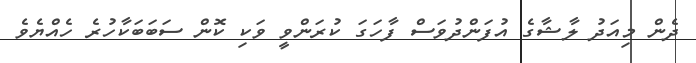
ދެން މިއަދު ލާޝާގެ އުފަންދުވަސް ފާހަގަ ކުރަންވީ ވަކި ކޮން ސަބަބަކާހުރެ ހެއްޔެވެ